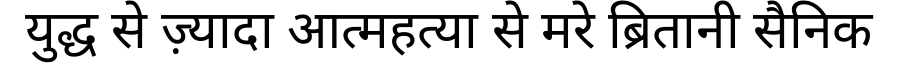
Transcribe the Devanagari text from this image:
युद्ध से ज़्यादा आत्महत्या से मरे ब्रितानी सैनिक